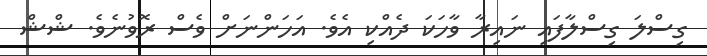
ގިސްލަ ގިސްލާފައި ނައިރާ ވާހަކަ ދެއްކި އެވެ. އަހަންނަށް ވެސް ރޮވުނެވެ. ޝްޝް